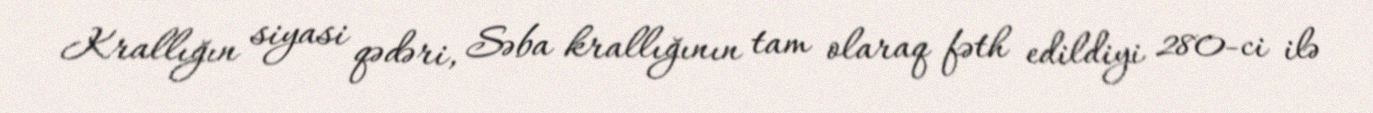
Krallığın siyasi qədəri, Səba krallığının tam olaraq fəth edildiyi 280-ci ilə